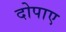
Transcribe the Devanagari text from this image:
दोपाए